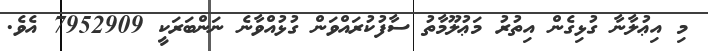
މި އިޢުލާނާ ގުޅިގެން އިތުރު މަޢުލޫމާތު ސާފުކުރައްވަން ގުޅުއްވާނެ ނަންބަރަކީ 7952909 އެވެ.